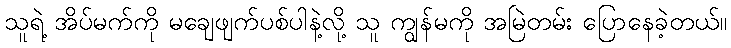
သူရဲ့ အိပ်မက်ကို မချေဖျက်ပစ်ပါနဲ့လို့ သူ ကျွန်မကို အမြဲတမ်း ပြောနေခဲ့တယ်။